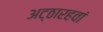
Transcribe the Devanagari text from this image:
अट्ठारहवां